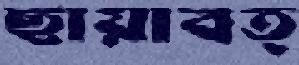
ছায়াবত্